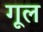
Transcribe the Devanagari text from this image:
गूल